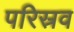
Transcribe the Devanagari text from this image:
परिस्रव